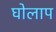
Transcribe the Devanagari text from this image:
घोलाप